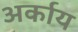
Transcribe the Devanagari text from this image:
अर्काय